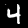
Digit: 4